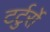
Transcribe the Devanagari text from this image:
टर्टुर्रो